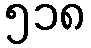
၅၁၈